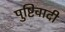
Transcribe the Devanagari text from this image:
पुष्टिवादी